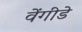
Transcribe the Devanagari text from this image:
वेंगीडे